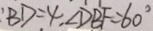
: B D = 4 , \angle D B F = 6 0 ^ { \circ }